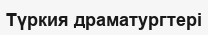
Түркия драматургтері